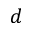
d